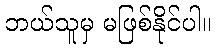
ဘယ်သူမှ မဖြစ်နိုင်ပါ။